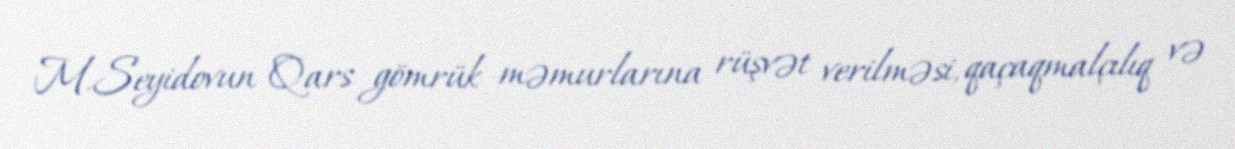
M.Seyidovun Qars gömrük məmurlarına rüşvət verilməsi, qaçaqmalçılıq və